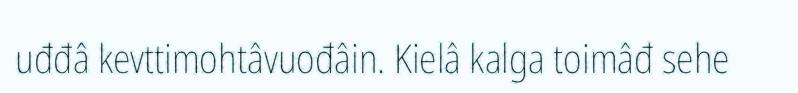
uđđâ kevttimohtâvuođâin. Kielâ kalga toimâđ sehe